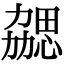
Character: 勰